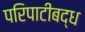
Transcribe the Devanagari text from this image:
परिपाटीबद्ध